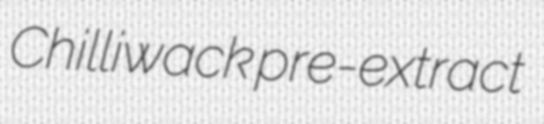
Chilliwack pre-extract